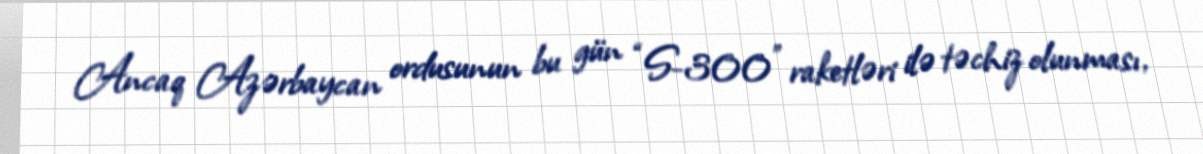
Ancaq Azərbaycan ordusunun bu gün “S-300" raketləri ilə təchiz olunması,